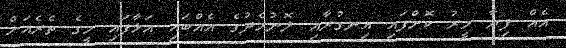
އެއް ފިޔާ މީރު ކޮށްފައި އިނގުރާއި ލޮނުމެދުގެ އެއްބައި އަޅާފައި މީގެ ތެރެއަށް